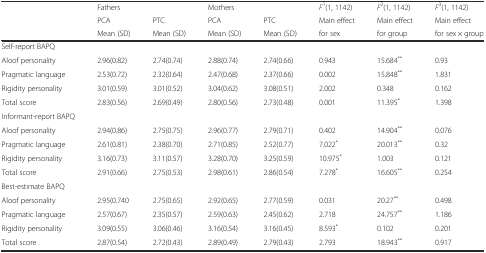
<table><thead><tr><td></td><td><b>Fathers</b></td><td></td><td><b>Mothers</b></td><td></td><td><b><i>F</i><sup>1</sup>(1, 1142)</b></td><td><b><i>F</i><sup>2</sup>(1, 1142)</b></td><td><b><i>F</i><sup>3</sup>(1, 1142)</b></td></tr><tr><td></td><td><b>PCA</b></td><td><b>PTC</b></td><td><b>PCA</b></td><td><b>PTC</b></td><td><b>Main effect</b></td><td><b>Main effect</b></td><td><b>Main effect</b></td></tr><tr><td></td><td><b>Mean (SD)</b></td><td><b>Mean (SD)</b></td><td><b>Mean (SD)</b></td><td><b>Mean (SD)</b></td><td><b>for sex</b></td><td><b>for group</b></td><td><b>for sex × group</b></td></tr></thead><tbody><tr><td>Self-report BAPQ</td><td></td><td></td><td></td><td></td><td></td><td></td><td></td></tr><tr><td>Aloof personality</td><td>2.96(0.82)</td><td>2.74(0.74)</td><td>2.88(0.74)</td><td>2.74(0.66)</td><td>0.943</td><td>15.684<sup>**</sup></td><td>0.93</td></tr><tr><td>Pragmatic language</td><td>2.53(0.72)</td><td>2.32(0.64)</td><td>2.47(0.68)</td><td>2.37(0.66)</td><td>0.002</td><td>15.848<sup>**</sup></td><td>1.831</td></tr><tr><td>Rigidity personality</td><td>3.01(0.59)</td><td>3.01(0.52)</td><td>3.04(0.62)</td><td>3.08(0.51)</td><td>2.002</td><td>0.348</td><td>0.162</td></tr><tr><td>Total score</td><td>2.83(0.56)</td><td>2.69(0.49)</td><td>2.80(0.56)</td><td>2.73(0.48)</td><td>0.001</td><td>11.395<sup>*</sup></td><td>1.398</td></tr><tr><td>Informant-report BAPQ</td><td></td><td></td><td></td><td></td><td></td><td></td><td></td></tr><tr><td>Aloof personality</td><td>2.94(0.86)</td><td>2.75(0.75)</td><td>2.96(0.77)</td><td>2.79(0.71)</td><td>0.402</td><td>14.904<sup>**</sup></td><td>0.076</td></tr><tr><td>Pragmatic language</td><td>2.61(0.81)</td><td>2.38(0.70)</td><td>2.71(0.85)</td><td>2.52(0.77)</td><td>7.022<sup>*</sup></td><td>20.013<sup>**</sup></td><td>0.32</td></tr><tr><td>Rigidity personality</td><td>3.16(0.73)</td><td>3.11(0.57)</td><td>3.28(0.70)</td><td>3.25(0.59)</td><td>10.975<sup>*</sup></td><td>1.003</td><td>0.121</td></tr><tr><td>Total score</td><td>2.91(0.66)</td><td>2.75(0.53)</td><td>2.98(0.61)</td><td>2.86(0.54)</td><td>7.278<sup>*</sup></td><td>16.605<sup>**</sup></td><td>0.254</td></tr><tr><td>Best-estimate BAPQ</td><td></td><td></td><td></td><td></td><td></td><td></td><td></td></tr><tr><td>Aloof personality</td><td>2.95(0.740</td><td>2.75(0.65)</td><td>2.92(0.65)</td><td>2.77(0.59)</td><td>0.031</td><td>20.27<sup>**</sup></td><td>0.498</td></tr><tr><td>Pragmatic language</td><td>2.57(0.67)</td><td>2.35(0.57)</td><td>2.59(0.63)</td><td>2.45(0.62)</td><td>2.718</td><td>24.757<sup>**</sup></td><td>1.186</td></tr><tr><td>Rigidity personality</td><td>3.09(0.55)</td><td>3.06(0.46)</td><td>3.16(0.54)</td><td>3.16(0.45)</td><td>8.593<sup>*</sup></td><td>0.102</td><td>0.201</td></tr><tr><td>Total score</td><td>2.87(0.54)</td><td>2.72(0.43)</td><td>2.89(0.49)</td><td>2.79(0.43)</td><td>2.793</td><td>18.943<sup>**</sup></td><td>0.917</td></tr></tbody></table>